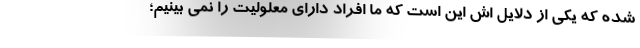
شده که یکی از دلایل اش این است که ما افراد دارای معلولیت را نمی بینیم؛